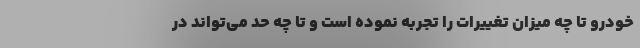
خودرو تا چه میزان تغییرات را تجربه نموده است و تا چه حد می‌تواند در